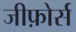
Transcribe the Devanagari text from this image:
जीफ़ोर्स